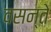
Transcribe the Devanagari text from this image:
वसन्ते